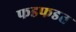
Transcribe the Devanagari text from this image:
फडफडत